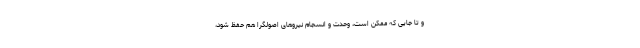
و تا جایی که ممکن است، وحدت و انسجام نیروهای اصولگرا هم حفظ شود،